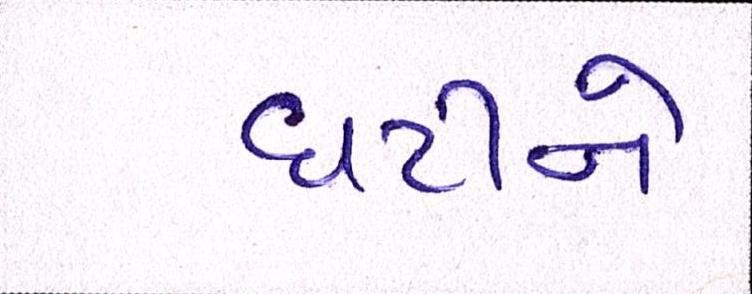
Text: ઘટીને